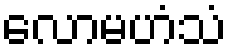
လောမဟံသံ